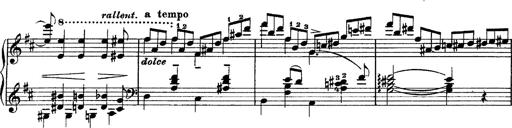
Title: Piano Sonata
Composer: Karl HÃ¤ssler
Key: C major